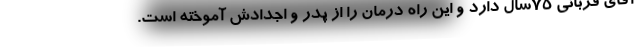
آقای قربانی ۷۵سال دارد و این راه درمان را از پدر و اجدادش آموخته است.